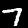
Label: 7